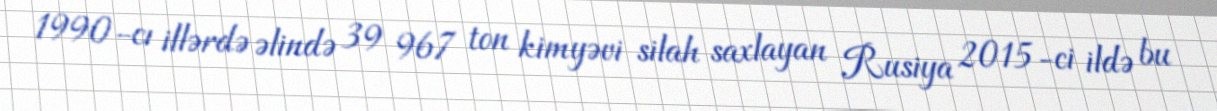
1990-cı illərdə əlində 39 967 ton kimyəvi silah saxlayan Rusiya 2015-ci ildə bu